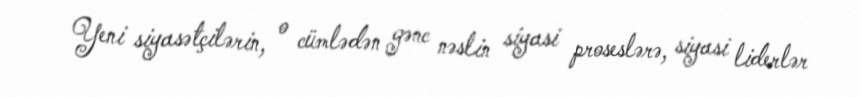
Yeni siyasətçilərin, o cümlədən gənc nəslin siyasi proseslərə, siyasi liderlər